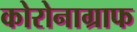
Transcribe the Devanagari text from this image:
कोरोनाग्राफ